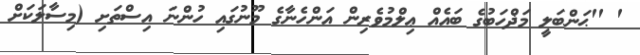
' ''ޙަންބަލީ މަޛްހަބުގެ ބައެއް ޢިލްމުވެރިން އަންހެނާގެ މޫނުގައި ހުންނަ އިސްތަށި (މިސާލަކަށް